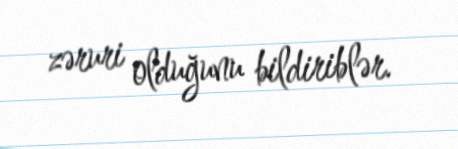
zəruri olduğunu bildiriblər.